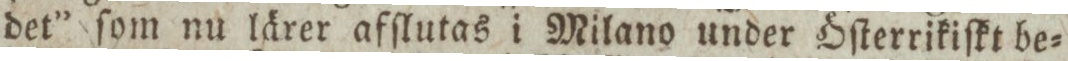
det” ſom nu lärer afſlutas i Milano under Öſterrikiſkt be=